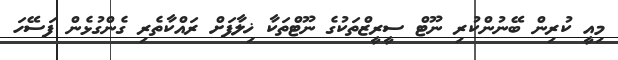
މިއީ ކުރިން ބޭނުންކުރި ނޫޓް ސީރީޒްތަކުގެ ނޫޓްތަކާ ޚިލާފަށް ރައްކާތެރި ގެންގުޅެން ފަސޭހަ